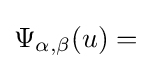
\Psi _{\alpha ,\beta }(u)=